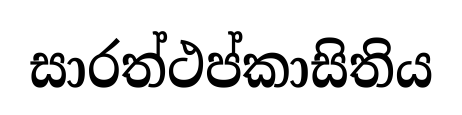
සාරත්ථප්කාසිතිය